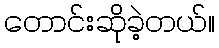
တောင်းဆိုခဲ့တယ်။